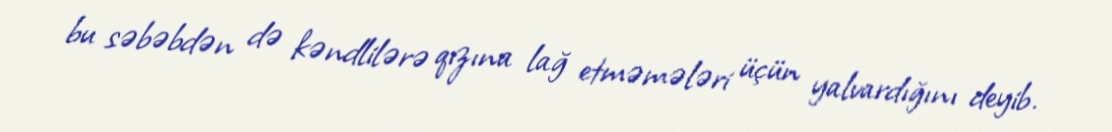
bu səbəbdən də kəndlilərə qızına lağ etməmələri üçün yalvardığını deyib.